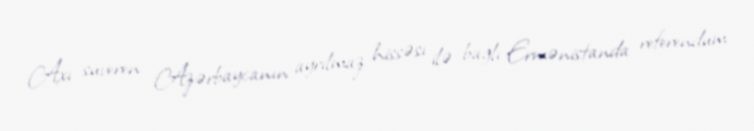
Axı suveren Azərbaycanın ayrılmaz hissəsı ilə bağlı Ermənistanda referendum